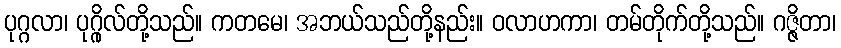
ပုဂ္ဂလာ၊ ပုဂ္ဂိုလ်တို့သည်။ ကတမေ၊ အဘယ်သည်တို့နည်း။ ဝလာဟကာ၊ တမ်တိုက်တို့သည်။ ဂဇ္ဇိတာ၊